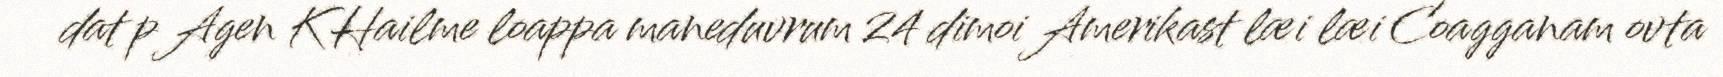
dat p Agen K Hailme loappa maneduvrum 24 dimoi Amerikast læi læi Coagganam ovta